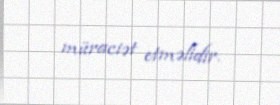
müraciət etməlidir.